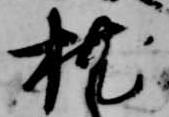
枕